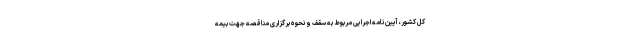
کل کشور، آیین نامه اجرایی مربوط به سقف و نحوه برگزاری مناقصه جهت بیمه